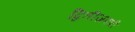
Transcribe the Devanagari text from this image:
द्वितीजपत्री